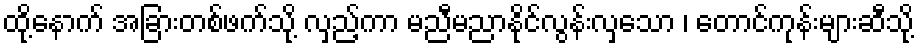
ထို့နောက် အခြားတစ်ဖက်သို့ လှည့်ကာ မညီမညာနိုင်လွန်းလှသော ၊ တောင်ကုန်းများဆီသို့